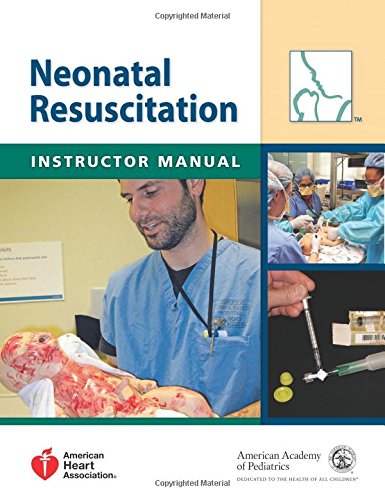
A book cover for Neonatal Resuscitation Instructor Manual; American Academy of Pediatrics; Medical Books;